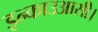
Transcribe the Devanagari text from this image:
इन्काउआसी।